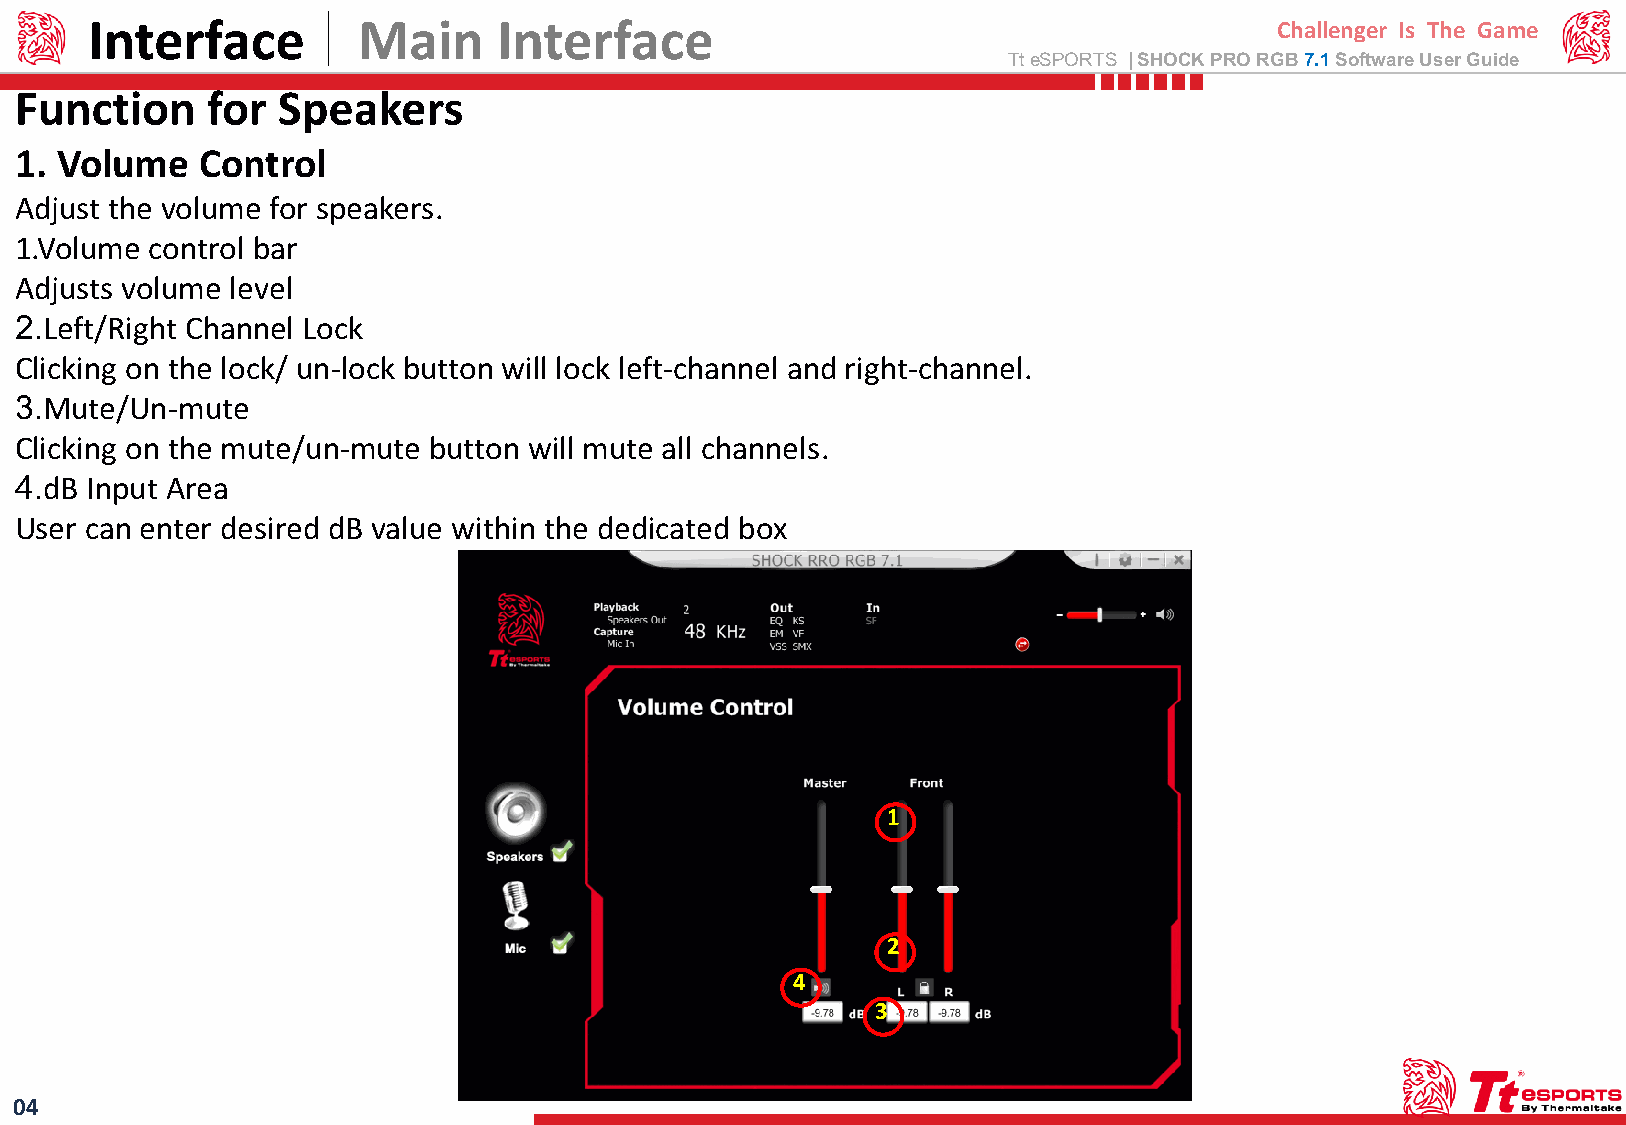
Interface         Main     Interface                                           Challenger Is The Game
 TteSPORTS | SHOCK PRO RGB7.1 Software User Guide
 Function     for Speakers
 1. Volume   Control
 Adjust the volume for speakers.
 1.Volume control bar
 Adjusts volume level
 2.Left/Right Channel Lock
 Clicking on the lock/ un-lock button will lock left-channel and right-channel.
 3.Mute/Un-mute
 Clicking on the mute/un-mute button will mute all channels.
 4.dB Input Area
 User can enter desired dB value within the dedicated box
 1
 2
 4
 3
 04